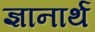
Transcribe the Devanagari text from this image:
ज्ञानार्थ